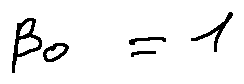
\beta _ { 0 } = 1